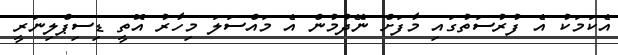
އެކަމަކު އެ ފުރުސަތުގައި މާފަށް ނޭދުމުން އެ މައްސަލަ މިހާރު އޮތީ ޑިސިޕްލިނަރީ